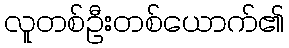
လူတစ်ဦးတစ်ယောက်၏